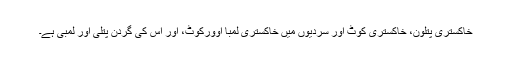
خاکستری پتلون، خاکستری کوٹ اور سردیوں میں خاکستری لمبا اوورکوٹ، اور اس کی گردن پتلی اور لمبی ہے۔